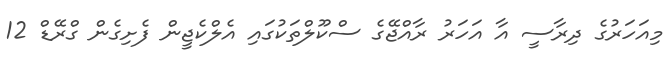
މިއަހަރުގެ ދިރާސީ އާ އަހަރު ރާއްޖޭގެ ސްކޫލްތަކުގައި އެލްކެޖީން ފެށިގެން ގްރޭޑް 12